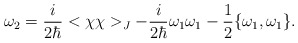
\begin{align*}\omega_2={i\over 2\hbar}<\chi\chi>_J-{i\over2\hbar}\omega_1\omega_1-{1\over 2}\{\omega_1,\omega_1\}.\end{align*}